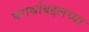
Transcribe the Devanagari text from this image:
परार्थाबद्दलच्या